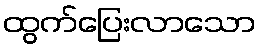
ထွက်ပြေးလာသော